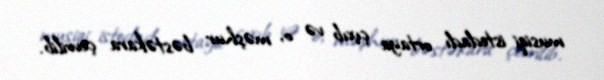
musiqi istedadı ortaya çıxıb və o, məşhur bəstəkara çevrilib.